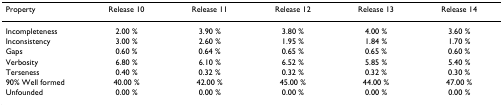
| Property | Release 10 | Release 11 | Release 12 | Release 13 | Release 14 |
 | --- | --- | --- | --- | --- | --- |
 | Incompleteness | 2.00 % | 3.90 % | 3.80 % | 4.00 % | 3.60 % |
 | Inconsistency | 3.00 % | 2.60 % | 1.95 % | 1.84 % | 1.70 % |
 | Gaps | 0.60 % | 0.64 % | 0.65 % | 0.65 % | 0.60 % |
 | Verbosity | 6.80 % | 6.10 % | 6.52 % | 5.85 % | 5.40 % |
 | Terseness | 0.40 % | 0.32 % | 0.32 % | 0.32 % | 0.30 % |
 | 90% Well formed | 40.00 % | 42.00 % | 45.00 % | 44.00 % | 47.00 % |
 | Unfounded | 0.00 % | 0.00 % | 0.00 % | 0.00 % | 0.00 % |